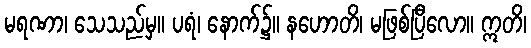
မရဏာ၊ သေသည်မှ။ ပရံ၊ နောက်၌။ နဟောတိ၊ မဖြစ်ပြီလော။ ဣတိ၊